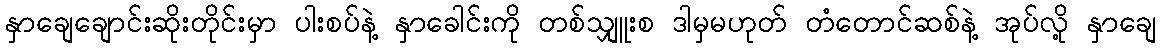
နှာချေချောင်းဆိုးတိုင်းမှာ ပါးစပ်နဲ့ နှာခေါင်းကို တစ်သျှူးစ ဒါမှမဟုတ် တံတောင်ဆစ်နဲ့ အုပ်လို့ နှာချေ